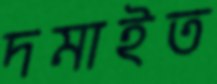
দমাইত